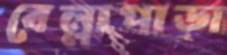
বেল্লাপাড়া